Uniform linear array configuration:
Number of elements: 16
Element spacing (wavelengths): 0.5
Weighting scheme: blackman
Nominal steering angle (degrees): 0
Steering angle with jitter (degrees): -0.4482
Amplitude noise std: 0.05
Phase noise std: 0.05

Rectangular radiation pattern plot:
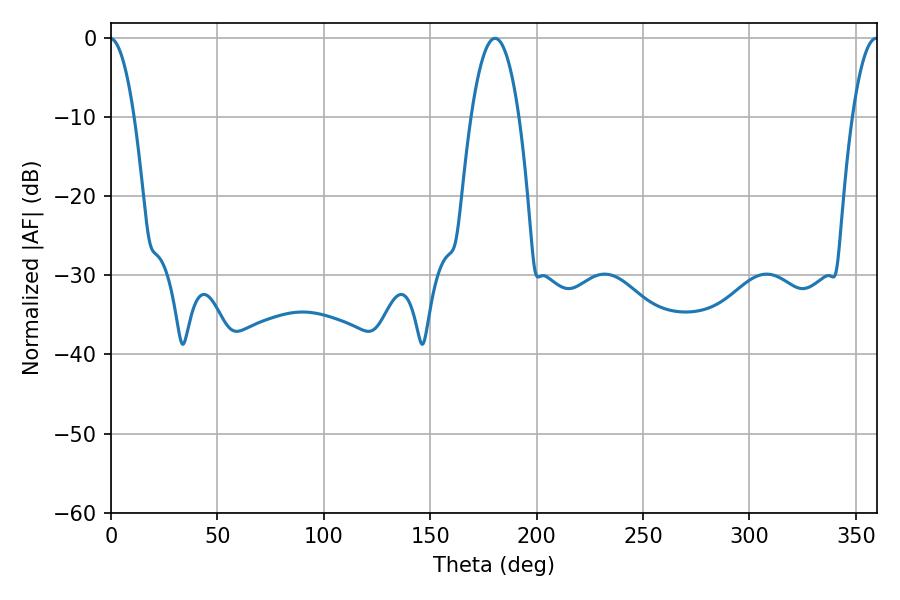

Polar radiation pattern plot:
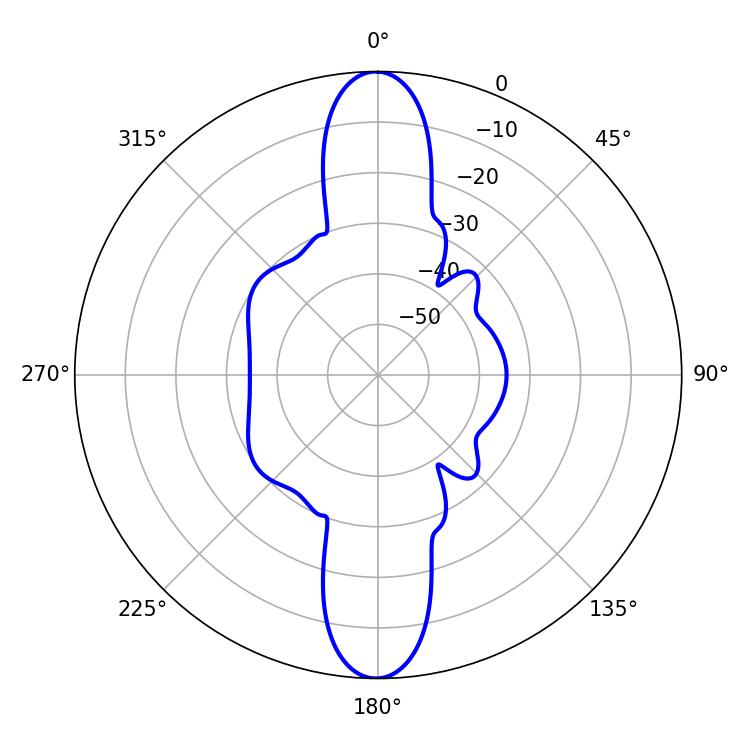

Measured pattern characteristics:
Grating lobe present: FALSE
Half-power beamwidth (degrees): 12.42
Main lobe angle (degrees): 180.54